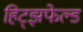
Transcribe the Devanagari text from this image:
हिट्झफेल्ड